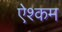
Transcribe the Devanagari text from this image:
ऐश्कम